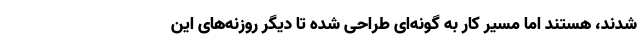
‌شدند، هستند اما مسیر کار به گونه‌ای طراحی شده تا دیگر روزنه‌های این